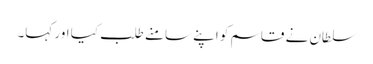
سلطان نے قاسم کو اپنے سامنے طلب کیا اور کہا۔